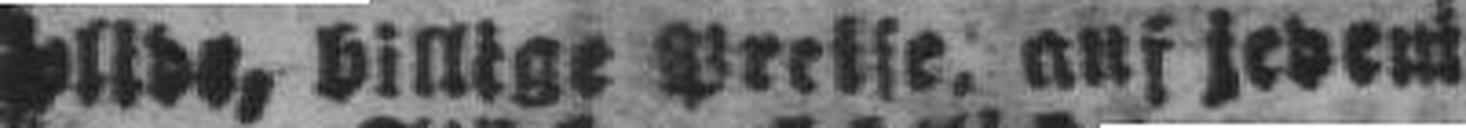
###lide, billige Preise, auf jedem